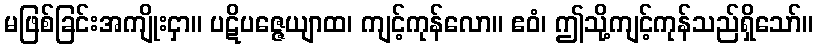
မဖြစ်ခြင်းအကျိုးငှာ။ ပဋိပဇ္ဇေယျာထ၊ ကျင့်ကုန်လော။ ဧဝံ၊ ဤသို့ကျင့်ကုန်သည်ရှိသော်။